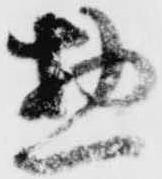
惣